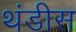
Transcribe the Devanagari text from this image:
थंडीस